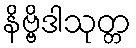
နိဗ္ဗိဒါသုတ္တ